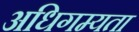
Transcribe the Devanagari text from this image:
अधिगम्यता